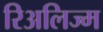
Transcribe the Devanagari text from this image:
रिअलिज्म